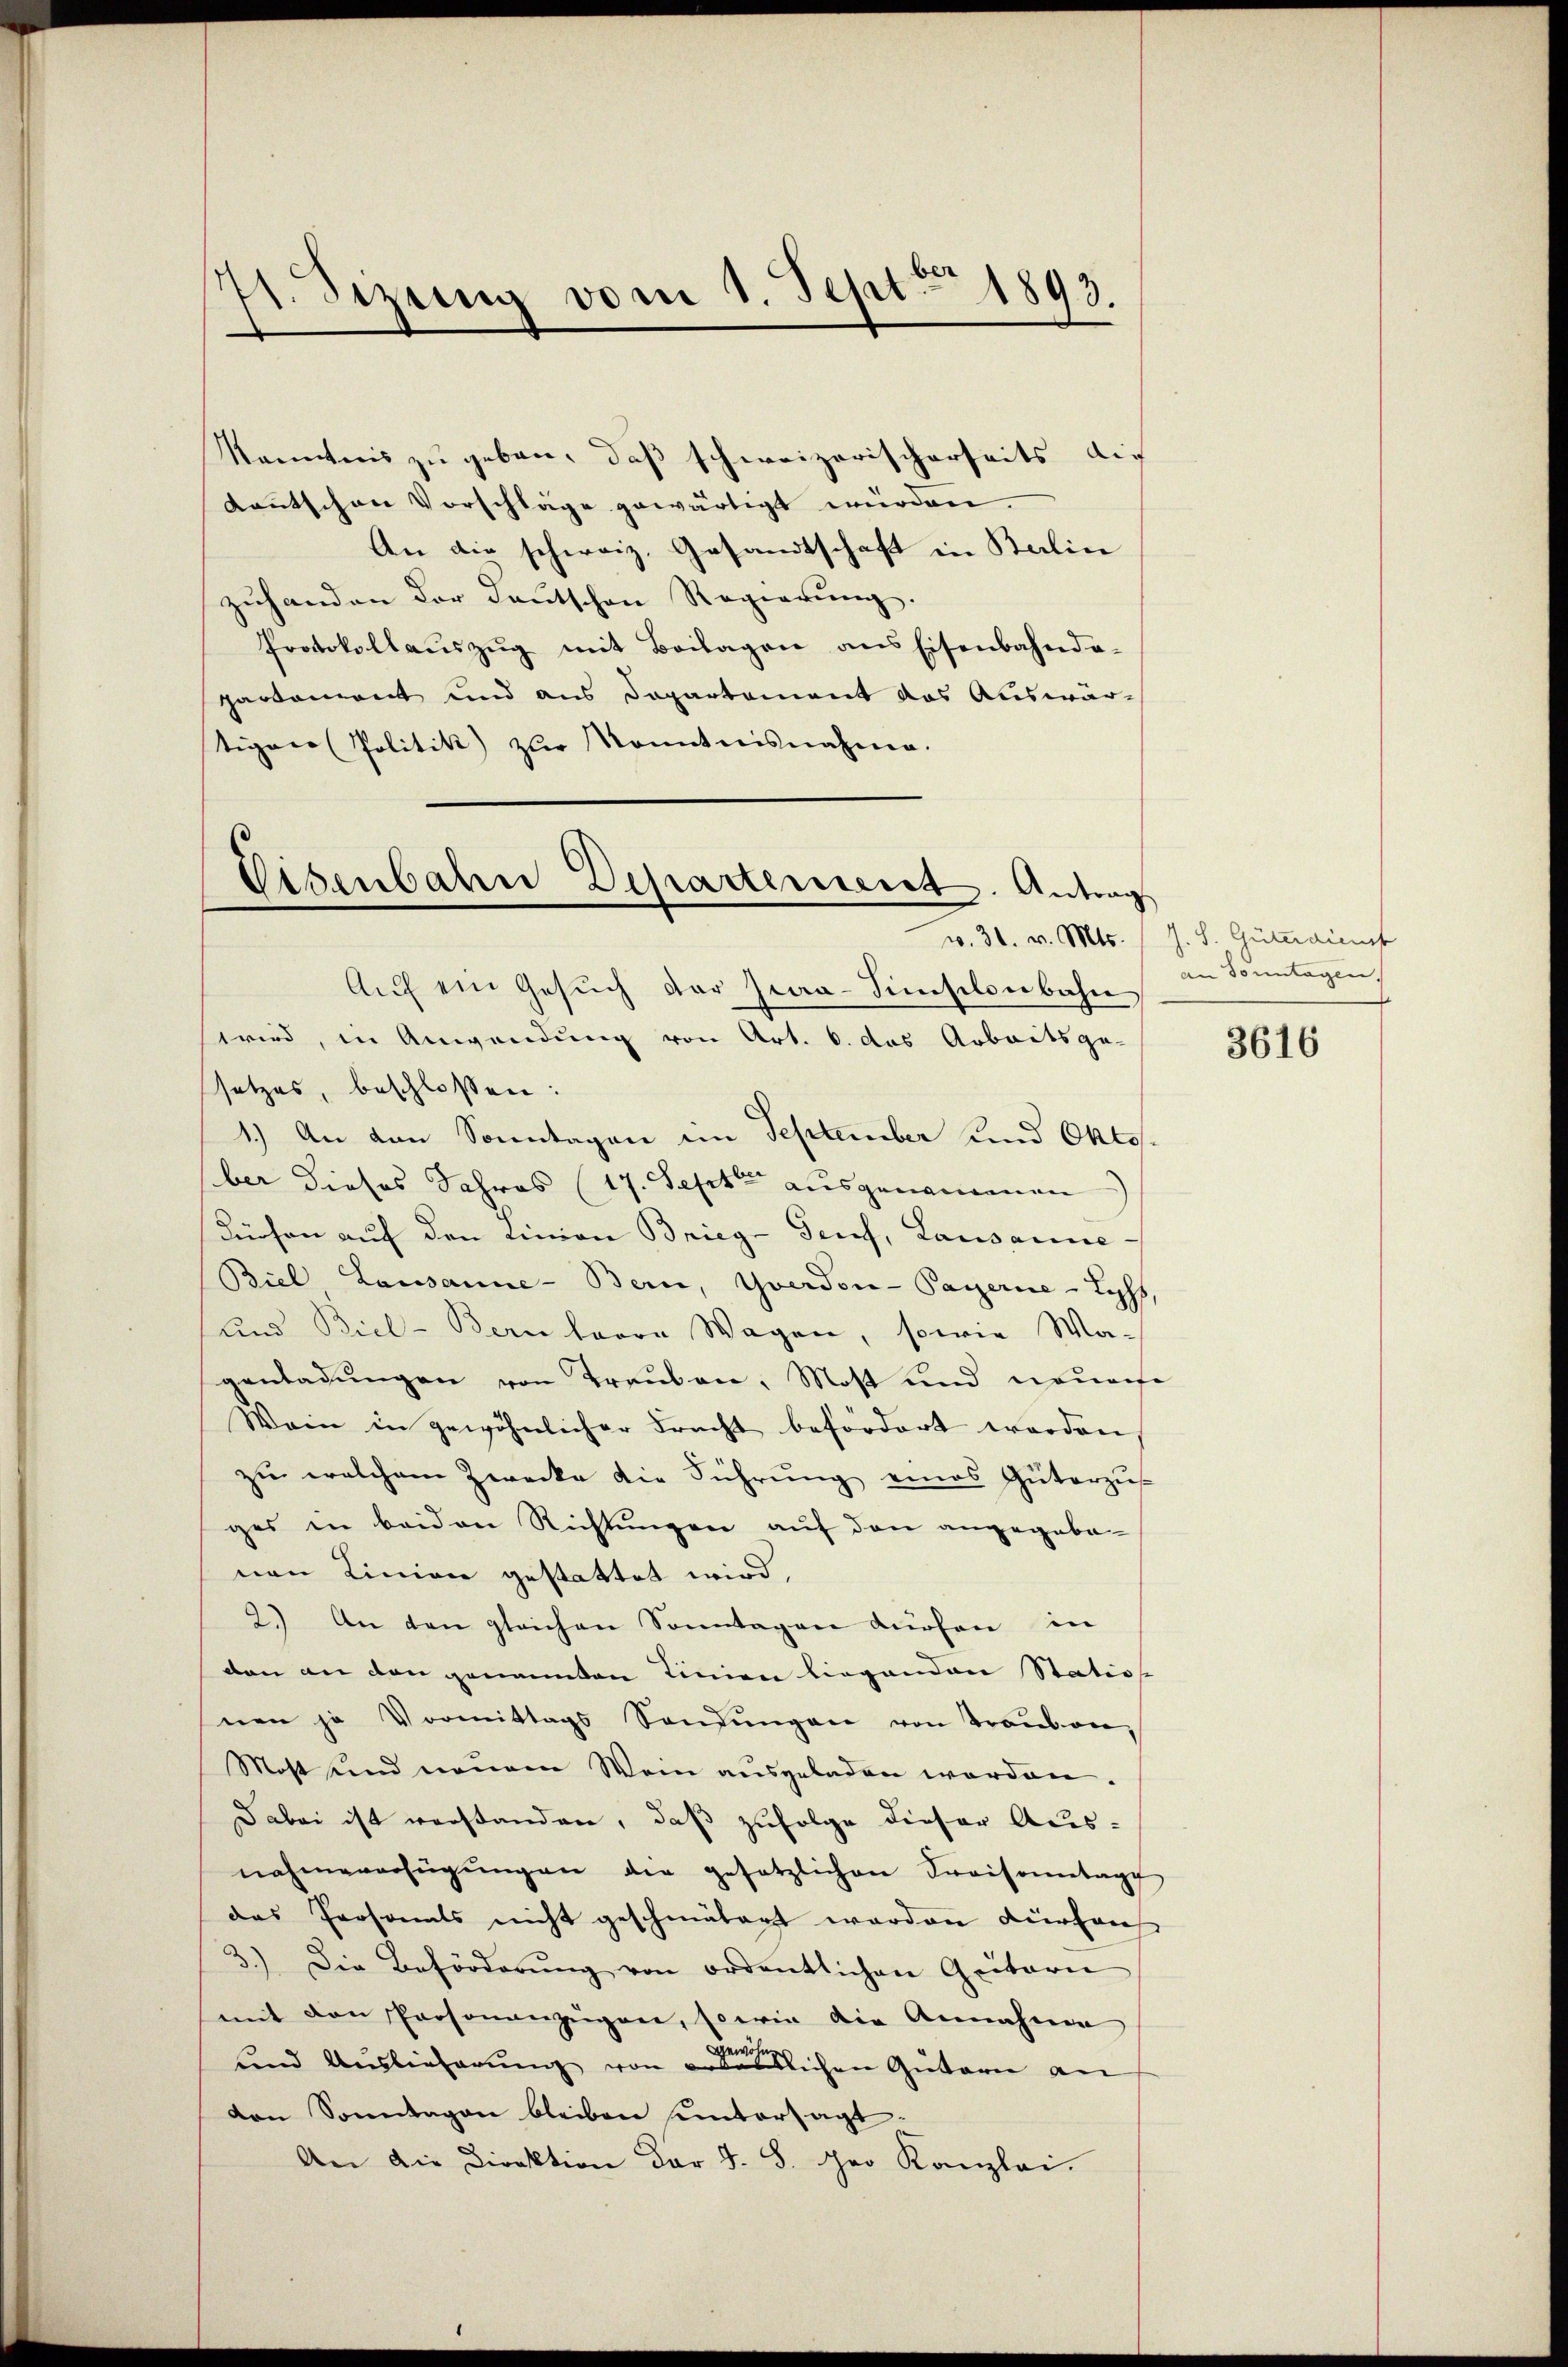
st. Sizung vom 1. Sept. 1892.

Kenntnis zu geben, daß schweizerischerseits die
Kautschen Vorschläge gewärtigt würden.
An die schweiz. Gesandtschaft in Balin
zuhanden der Deutschen Regierŭng.
Protokollauszug mit Beilagen aus Eisenbahndapartement und aus Departement das Auswärtiger Politik zŭr Kenntnisnahme.

Eisenbahn Departenseret. Antrag

Aŭf ein Gesŭch der Zwa-Simselonbahn in Sonntagen,
wird, in Anwendung von Art. 6. das Arbeitsge-
setzes, beschlossen:
1.) An den Sonntagen im September und Oktober dieses Jahres (17. Septe ausgenommen
dürfen auf den Linien Brieg - Genf, Lausanne
Biel Lausanne-Bern, Yverdon-Payerne - Lyss,
und Biel-Bern herre Wagen, sowie Ma-
genladungen von Trauben, Most und neuense
Wein in gewöhnlicher Fracht befördert worden
zu welchem Zwecke die Führŭng eines Güterzŭs
ges in beiden Richtungen auf den angegebenen Linien gestattet wird,
2.) An den gleichen Sonntagen dürfen in
den an den genannten Linien liegenden Statio
nen ja Vormittags Sandŭngen von Trauben¬
Most und neuem Wein ausgeladen worden.
Dabei ist verstanden, daß zufolge dieser Aus-
nahmeverfügŭngen die gesetzlichen Kraisonntage
das Personals nicht geschmälert worden Kurhaus
3.) Die Beförderŭng von ordentlichen Geitern
mit den Personanzügen, sowie die Annahme
und Auslieferung von andentlichen Gütern an
von Sonntagen bleiben untersagt.
An die Direktion der §. 8. Ihro Kanzlei.

w. 31. v. Mts. (s. S. Güterdienst

3616